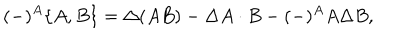
LaTeX: ( - ) ^ { A } \{ A , B \} = \Delta \! \left( A B \right) - \Delta A \cdot B - ( - ) ^ { A } A \Delta B ,